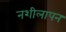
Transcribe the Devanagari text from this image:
नशीलापन